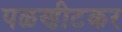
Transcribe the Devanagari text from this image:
पळणीटकर